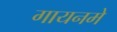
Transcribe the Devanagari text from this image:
गायनमे